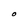
Character: O